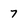
Character: 7